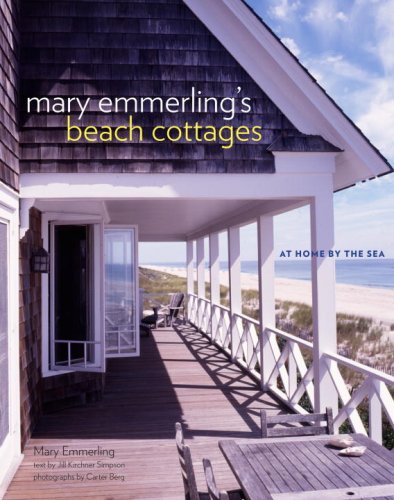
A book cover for Mary Emmerling's Beach Cottages: At Home by the Sea; Mary Emmerling; Crafts, Hobbies & Home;